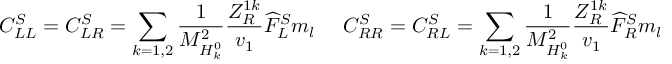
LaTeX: C _ { L L } ^ { S } = C _ { L R } ^ { S } = \sum _ { k = 1 , 2 } { \frac { 1 } { M _ { H _ { k } ^ { 0 } } ^ { 2 } } } { \frac { Z _ { R } ^ { 1 k } } { v _ { 1 } } } \widehat { F } _ { L } ^ { S } m _ { l } ~ ~ ~ ~ C _ { R R } ^ { S } = C _ { R L } ^ { S } = \sum _ { k = 1 , 2 } { \frac { 1 } { M _ { H _ { k } ^ { 0 } } ^ { 2 } } } { \frac { Z _ { R } ^ { 1 k } } { v _ { 1 } } } \widehat { F } _ { R } ^ { S } m _ { l }